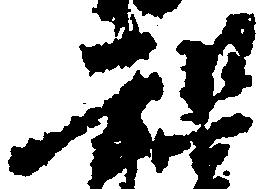
知